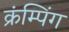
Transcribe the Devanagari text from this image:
क्रंम्पिंग